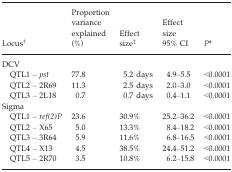
<table><thead><tr><td><b>Locusb</b></td><td><b>Proportion variance explained (%)</b></td><td><b>Effect sizec</b></td><td><b>Effect size 95% CI</b></td><td><b><i>P</i>a</b></td></tr></thead><tbody><tr><td colspan="5">DCV</td></tr><tr><td>QTL1 – <i>pst</i></td><td>77.8</td><td>5.2 days</td><td>4.9–5.5</td><td>&lt;0.0001</td></tr><tr><td>QTL2 – 2R69</td><td>11.3</td><td>2.5 days</td><td>2.0–3.0</td><td>&lt;0.0001</td></tr><tr><td>QTL3 – 2L18</td><td>0.7</td><td>0.7 days</td><td>0.4–1.1</td><td>&lt;0.0001</td></tr><tr><td colspan="5">Sigma</td></tr><tr><td>QTL1 – <i>ref(2)P</i></td><td>23.6</td><td>30.9%</td><td>25.2–36.2</td><td>&lt;0.0001</td></tr><tr><td>QTL2 – X65</td><td>5.0</td><td>13.3%</td><td>8.4–18.2</td><td>&lt;0.0001</td></tr><tr><td>QTL3 – 3R64</td><td>5.9</td><td>11.6%</td><td>6.8–16.5</td><td>&lt;0.0001</td></tr><tr><td>QTL4 – X13</td><td>4.5</td><td>38.5%</td><td>24.4–51.2</td><td>&lt;0.0001</td></tr><tr><td>QTL5 – 2R70</td><td>3.5</td><td>10.8%</td><td>6.2–15.8</td><td>&lt;0.0001</td></tr></tbody></table>